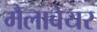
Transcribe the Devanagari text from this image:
मैलावेयर